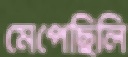
মেপেছিলি